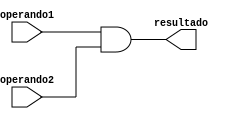
//1. Declaracion modulos de salida
module And (
    input operando1,
    input operando2,
    output reg resultado
);
//2. Definir elementos internos del modulo 


//3. Declarar los procesos secuenciales, asignaciones y/o instancias

always@(*)
    begin
        resultado = operando1 & operando2;
    end

endmodule